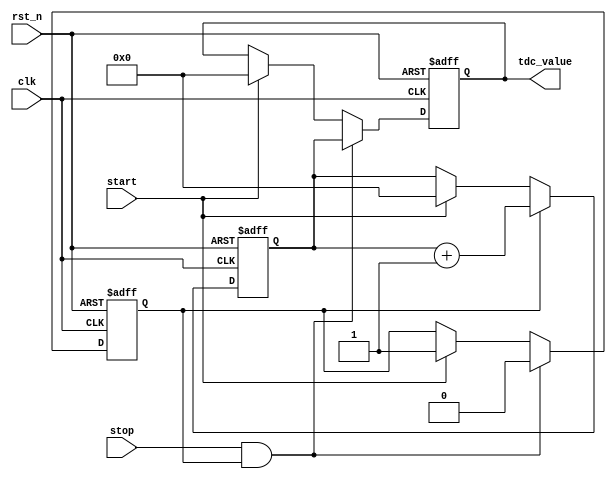
module TDC (
    input wire clk,          // System clock
    input wire rst_n,       // Active low reset
    input wire start,       // Start signal
    input wire stop,        // Stop signal
    output reg [N-1:0] tdc_value // Output digital value (N is the number of bits)
);

parameter N = 8; // Number of bits for the output value
parameter DELAY_STAGES = 16; // Number of delay stages in the delay line

// Delay line
reg [DELAY_STAGES-1:0] delay_line;
reg [DELAY_STAGES-1:0] delay_line_next;

// Counter
reg [N-1:0] counter;
reg counting;

// Control Logic
always @(posedge clk or negedge rst_n) begin
    if (!rst_n) begin
        counter <= 0;
        counting <= 0;
        tdc_value <= 0;
        delay_line <= 0;
    end else begin
        // Start signal
        if (start) begin
            counter <= 0; // Reset counter
            counting <= 1; // Start counting
            tdc_value <= 0; // Clear output value
            delay_line <= 0; // Clear delay line
        end
        
        // Stop signal
        if (stop && counting) begin
            tdc_value <= counter; // Capture counter value
            counting <= 0; // Stop counting
        end
        
        // Counting mechanism
        if (counting) begin
            counter <= counter + 1; // Increment counter
        end
        
        // Delay line logic
        delay_line <= {delay_line[DELAY_STAGES-2:0], start}; // Shift in the start signal
    end
end

endmodule